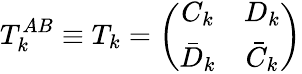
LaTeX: T_{k}^{AB}\equiv T_{k}=\left(\begin{array}{cc}{{C_{k}}}&{{D_{k}}}\\ {{\bar{D}_{k}}}&{{\bar{C}_{k}}}\end{array}\right)